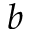
b